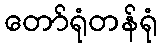
တော်ရုံတန်ရုံ